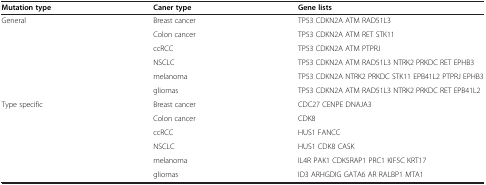
| Mutation type | Caner type | Gene lists |
 | --- | --- | --- |
 | <ROWSPAN=6> General | Breast cancer | TP53 CDKN2A ATM RAD51L3 |
 | Colon cancer | TP53 CDKN2A ATM RET STK11 |
 | ccRCC | TP53 CDKN2A ATM PTPRJ |
 | NSCLC | TP53 CDKN2A ATM RAD51L3 NTRK2 PRKDC RET EPHB3 |
 | melanoma | TP53 CDKN2A NTRK2 PRKDC STK11 EPB41L2 PTPRJ EPHB3 |
 | gliomas | TP53 CDKN2A ATM RAD51L3 NTRK2 PRKDC RET EPB41L2 |
 | Type specific | Breast cancer | CDC27 CENPE DNAJA3 |
 |  | Colon cancer | CDK8 |
 |  | ccRCC | HUS1 FANCC |
 |  | NSCLC | HUS1 CDK8 CASK |
 |  | melanoma | IL4R PAK1 CDK5RAP1 PRC1 KIF5C KRT17 |
 |  | gliomas | ID3 ARHGDIG GATA6 AR RALBP1 MTA1 |